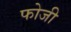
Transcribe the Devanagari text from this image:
फोजी